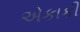
એકાકી